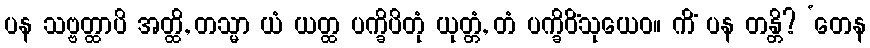
ပန သဗ္ဗတ္ထာပိ အတ္ထိ, တသ္မာ ယံ ယတ္ထ ပက္ခိပိတုံ ယုတ္တံ, တံ ပက္ခိပိံသုယေဝ။ ကိံ ပန တန္တိ? ‘တေန